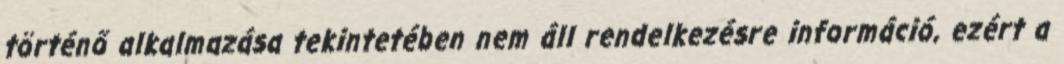
történő alkalmazása tekintetében nem áll rendelkezésre információ, ezért a